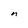
Character: n